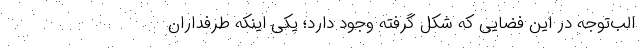
الب‌توجه در این فضایی که شکل گرفته وجود دارد؛ یکی اینکه طرفداران